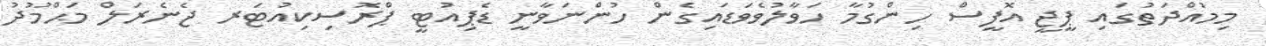
މިމުއްދަތުގައި ޕީޖީ އޮފީސް ހިންގުމާ ހަވާލުވެވަޑައިގެން ހުންނަވާނީ ޑެޕިއުޓީ ޕްރޮސިކިއުޓަރ ޖެނެރަލް މަޙްމޫދު